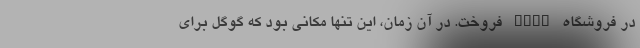
در فروشگاه Play فروخت. در آن زمان، این تنها مکانی بود که گوگل برای